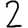
Digit: 2